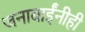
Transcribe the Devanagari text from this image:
जनाबाईंनीही